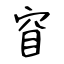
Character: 窅